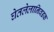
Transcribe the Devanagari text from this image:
घेतलेलानिवडक